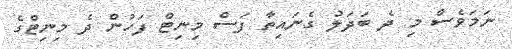
ނަމަވެސް މި ދެ ބަދަލު ގެނައިތާ ފަސް މިނިޓް ފަހުން ދެ މިނިޓްގެ